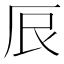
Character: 𫝕